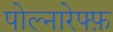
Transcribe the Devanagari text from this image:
पोल्नारेफ्फ़